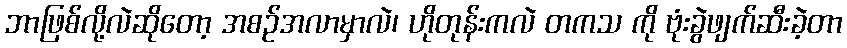
ဘာဖြစ်လို့လဲဆိုတော့ အစဉ်အလာမှာလဲ၊ ဟိုတုန်းကလဲ တကသ ကို ဗုံးခွဲဖျက်ဆီးခဲ့တာ